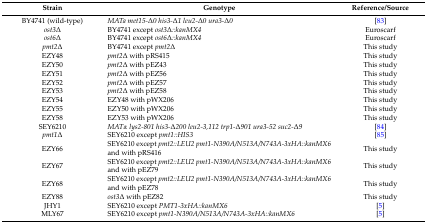
<table><thead><tr><td><b>Strain</b></td><td><b>Genotype</b></td><td><b>Reference/Source</b></td></tr></thead><tbody><tr><td>BY4741 (wild-type)</td><td><i>MATa met15-</i>Δ<i>0 his3-</i>Δ<i>1 leu2-</i>Δ<i>0 ura3-</i>Δ<i>0</i></td><td>[83]</td></tr><tr><td><i>ost3</i>Δ</td><td>BY4741 except <i>ost3</i>Δ<i>::kanMX4</i></td><td>Euroscarf</td></tr><tr><td><i>ost6</i>Δ</td><td>BY4741 except <i>ost6</i>Δ<i>::kanMX4</i></td><td>Euroscarf</td></tr><tr><td><i>pmt2</i>Δ</td><td>BY4741 except <i>pmt2</i>Δ</td><td>This study</td></tr><tr><td>EZY48</td><td><i>pmt2</i>Δ with pRS415</td><td>This study</td></tr><tr><td>EZY50</td><td><i>pmt2</i>Δ with pEZ43</td><td>This study</td></tr><tr><td>EZY51</td><td><i>pmt2</i>Δ with pEZ56</td><td>This study</td></tr><tr><td>EZY52</td><td><i>pmt2</i>Δ with pEZ57</td><td>This study</td></tr><tr><td>EZY53</td><td><i>pmt2</i>Δ with pEZ58</td><td>This study</td></tr><tr><td>EZY54</td><td>EZY48 with pWX206</td><td>This study</td></tr><tr><td>EZY55</td><td>EZY50 with pWX206</td><td>This study</td></tr><tr><td>EZY58</td><td>EZY53 with pWX206</td><td>This study</td></tr><tr><td>SEY6210</td><td><i>MATα lys2-801 his3-</i>Δ<i>200 leu2-3,112 trp1-</i>Δ<i>901 ura3-52 suc2-</i>Δ<i>9</i></td><td>[84]</td></tr><tr><td><i>pmt1</i>Δ</td><td>SEY6210 except <i>pmt1::HIS3</i></td><td>[85]</td></tr><tr><td>EZY66</td><td>SEY6210 except <i>pmt2::LEU2 pmt1-N390A/N513A/N743A-3xHA::kanMX6</i> and with pRS416</td><td>This study</td></tr><tr><td>EZY67</td><td>SEY6210 except <i>pmt2::LEU2 pmt1-N390A/N513A/N743A-3xHA::kanMX6</i> and with pEZ79</td><td>This study</td></tr><tr><td>EZY68</td><td>SEY6210 except <i>pmt2::LEU2 pmt1-N390A/N513A/N743A-3xHA::kanMX6</i> and with pEZ78</td><td>This study</td></tr><tr><td>EZY88</td><td><i>ost3</i>Δ with pEZ82</td><td>This study</td></tr><tr><td>JHY1</td><td>SEY6210 except <i>PMT1-3xHA::kanMX6</i></td><td>[5]</td></tr><tr><td>MLY67</td><td>SEY6210 except <i>pmt1-N390A/N513A/N743A-3xHA::kanMX6</i></td><td>[5]</td></tr></tbody></table>